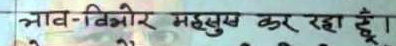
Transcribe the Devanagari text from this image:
त्राव-विर्भर महसुख कर रहा हूँ।